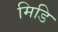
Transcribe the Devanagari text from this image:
मिडि